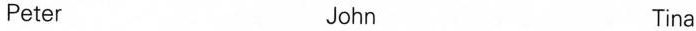
Peter John Tina